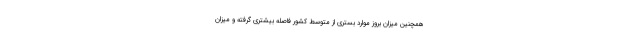
همچنین میزان بروز موارد بستری از متوسط کشور فاصله بیشتری گرفته و میزان